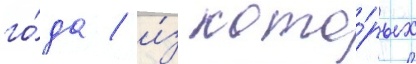
го́да / и́з кото́рых